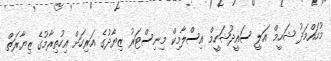
މުހައްމަދު ޝަހީމް އަލީ ސައީދުޝަހީމް އިސްލާމިކް މިނިސްޓަރު ޒިޔާދުގެ އަރިހަށް އިހުތިރާމުގެ ޒިޔާރަތް